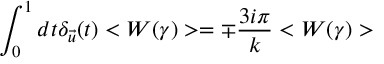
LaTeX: \int _ { 0 } ^ { 1 } d t \delta _ { \vec { u } } ( t ) < W ( \gamma ) > = \mp { \frac { 3 i \pi } { k } } < W ( \gamma ) >